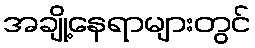
အချို့နေရာများတွင်